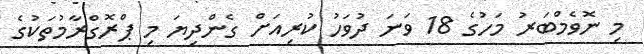
މި ނޮވެމްބަރު މަހުގެ 18 ވަނަ ދުވަހު ކުރިއަށް ގެންދިޔަ މި ޕްރޮގްރާމުތަކުގެ